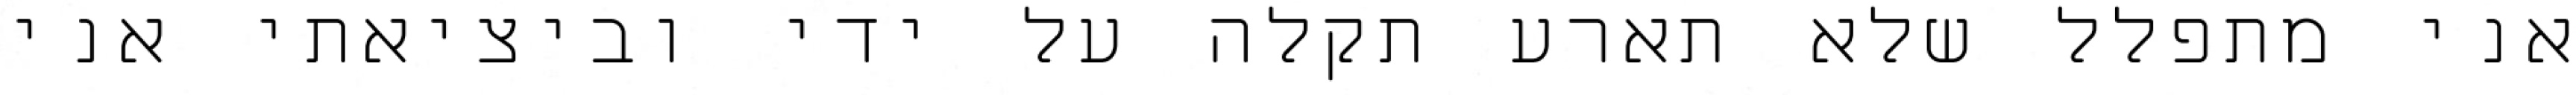
אני מתפלל שלא תארע תקלה על ידי וביציאתי אני